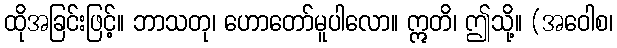
ထိုအခြင်းဖြင့်။ ဘာသတု၊ ဟောတော်မူပါလော။ ဣတိ၊ ဤသို့။ (အဝေါစ၊